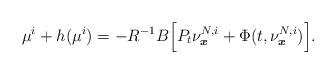
LaTeX: \begin{align*}\mu^i+h(\mu^i)=-R^{-1}B\Big[P_t\nu^{N,i}_{\boldsymbol{x}}+\Phi(t,\nu^{N,i}_{\boldsymbol{x}})\Big]. \end{align*}